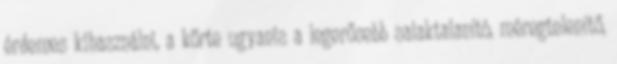
érdemes kihasználni, a körte ugyanis a legerősebb salaktalanító, méregtelenítő,